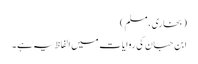
( بخاری ، مسلم )
ابن حبان کی روایات میں الفاظ یہ ہے ۔